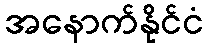
အနောက်နိုင်ငံ